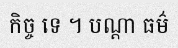
កិច្ច ទេ ។ បណ្តា ធម៌